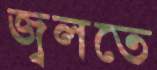
জ্বলতে